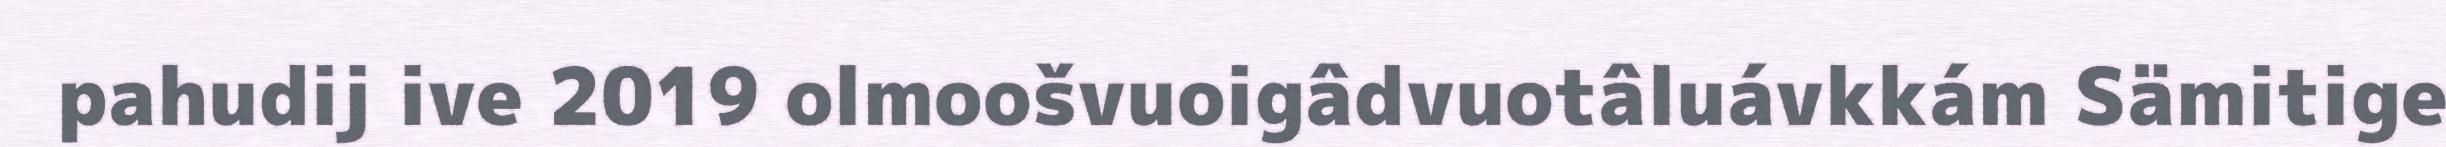
pahudij ive 2019 olmoošvuoigâdvuotâluávkkám Sämitige